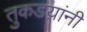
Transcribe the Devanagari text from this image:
तुकडय़ांनी